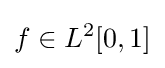
f\in L^{2}[0,1]